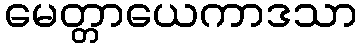
မေတ္တာယေကာဒသာ